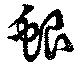
蜋